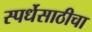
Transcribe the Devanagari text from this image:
स्पर्धेसाठीचा